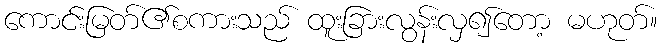
ကောင်းမြတ်၏စကားသည် ထူးခြားလွန်းလှ၍တော့ မဟုတ်။